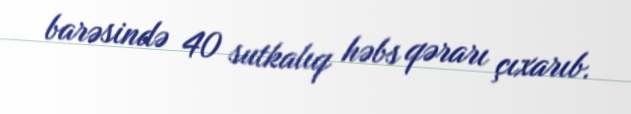
barəsində 40 sutkalıq həbs qərarı çıxarıb.